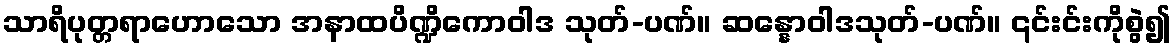
သာရိပုတ္တရာဟောသော အနာထပိဏ္ဍိကောဝါဒ သုတ်-ပဏ်။ ဆန္နောဝါဒသုတ်-ပဏ်။ ၎င်းင်းကိုစွဲ၍